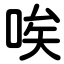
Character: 唉